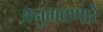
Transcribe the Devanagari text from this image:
अनुभवणारे